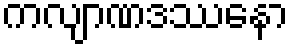
ကလျာဏဒဿနော